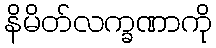
နိမိတ်လက္ခဏာကို